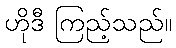
ဟိုဒီ ကြည့်သည်။